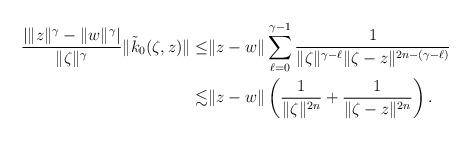
LaTeX: \begin{align*} \frac{|\|z\|^\gamma-\|w\|^\gamma|}{\|\zeta\|^\gamma} \|\tilde{k}_0(\zeta,z)\| \leq &\|z-w\| \sum_{\ell=0}^{\gamma-1} \frac{1}{\|\zeta\|^{\gamma-\ell}\|\zeta-z\|^{2n-(\gamma-\ell)}} \\ \lesssim &\|z-w\| \left(\frac{1}{\|\zeta\|^{2n}} + \frac{1}{\|\zeta-z\|^{2n}}\right). \end{align*}